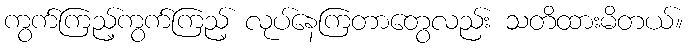
ကွက်ကြည့်ကွက်ကြည့် လုပ်နေကြတာတွေလည်း သတိထားမိတယ်။